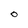
Character: O